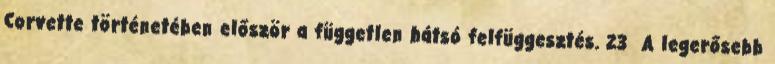
Corvette történetében először a független hátsó felfüggesztés. 23 A legerősebb